Indian journal of veterinary science and animal husbandry - Volumes 24-25, 1954-1955
Year: 1954
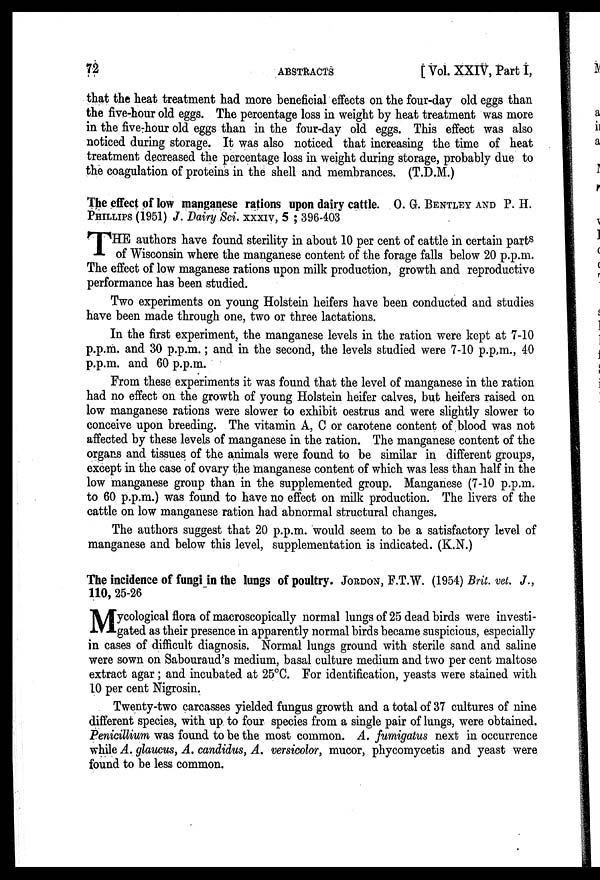
72
ABSTRACTS
[Vol. XXIV, Part I,
that the heat treatment had more beneficial effects on the four-day old eggs than
the five-hour old eggs. The percentage loss in weight by heat treatment was more
in the five-hour old eggs than in the four-day old eggs. This effect was also
noticed during storage. It was also noticed that increasing the time of heat
treatment decreased the percentage loss in weight during storage, probably due to
the coagulation of proteins in the shell and membrances. (T.D.M.)
The effect of low manganese rations upon dairy cattle. O. G. BENTLEY AND P. H.
PHILLIPS (1951) J. Dairy Sci. XXXIV, 5 ; 396-403
T HE authors have found sterility in about 10 per cent of cattle in certain parts
of Wisconsin where the manganese content of the forage falls below 20 p.p.m.
The effect of low maganese rations upon milk production, growth and reproductive
performance has been studied.
Two experiments on young Holstein heifers have been conducted and studies
have been made through one, two or three lactations.
In the first experiment, the manganese levels in the ration were kept at 7-10
p.p.m. and 30 p.p.m.; and in the second, the levels studied were 7-10 p.p.m., 40
p.p.m. and 60 p.p.m.
From these experiments it was found that the level of manganese in the ration
had no effect on the growth of young Holstein heifer calves, but heifers raised on
low manganese rations were slower to exhibit oestrus and were slightly slower to
conceive upon breeding. The vitamin A, C or carotene content of blood was not
affected by these levels of manganese in the ration. The manganese content of the
organs and tissues of the animals were found to be similar in different groups,
except in the case of ovary the manganese content of which was less than half in the
low manganese group than in the supplemented group. Manganese (7-10 p.p.m.
to 60 p.p.m.) was found to have no effect on milk production. The livers of the
cattle on low manganese ration had abnormal structural changes.
The authors suggest that 20 p.p.m. would seem to be a satisfactory level of
manganese and below this level, supplementation is indicated. (K.N.)
The incidence of fungi in the lungs of poultry. JORDON, F.T.W. (1954) Brit. vet. J.,
110, 25-26
M ycological flora of macroscopically normal lungs of 25 dead birds were investi-
gated as their presence in apparently normal birds became suspicious, especially
in cases of difficult diagnosis. Normal lungs ground with sterile sand and saline
were sown on Sabouraud's medium, basal culture medium and two per cent maltose
extract agar ; and incubated at 25°C. For identification, yeasts were stained with
10 per cent Nigrosin.
Twenty-two carcasses yielded fungus growth and a total of 37 cultures of nine
different species, with up to four species from a single pair of lungs, were obtained.
Penicillium was found to be the most common. A. fumigatus next in occurrence
while A. glaucus, A. candidus, A. versicolor, mucor, phycomycetis and yeast were
found to be less common.